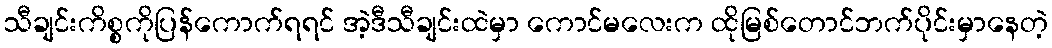
သီချင်းကိစ္စကိုပြန်ကောက်ရရင် အဲ့ဒီသီချင်းထဲမှာ ကောင်မလေးက ထိုမြစ်တောင်ဘက်ပိုင်းမှာနေတဲ့